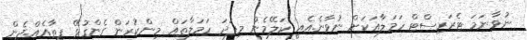
ނުވާނަމަ ޓެރަރިސްޓް ހަމަލާއަކަށް ނުވާނެ.އެއީ ކަލޭމެން މިފަދަ ހަމަލާތައް މިންކުރަން ގެންގުޅޭ ފީތާއެއް.ދެން